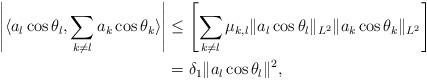
LaTeX: \begin{align*}\left| \langle a_l\cos\theta_l, \sum_{k\neq l}a_{k}\cos\theta_{k}\rangle \right|&\leq \left[ \sum_{k\neq l} \mu_{k,l} \|a_l\cos\theta_l\|_{L^2}\|a_k\cos\theta_k\|_{L^2} \right] \\&=\delta_1 \|a_l\cos\theta_l\|^2,\end{align*}